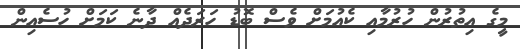
މީގެ އިތުރުން ހުރުމާއި ކެއުމަށް ވެސް ބޮޑު ހަރަދެއް ދާނެ ކަމަށް ހުސެއިން